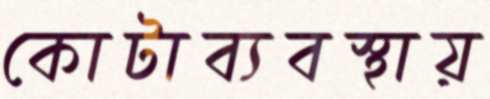
কোটাব্যবস্থায়